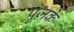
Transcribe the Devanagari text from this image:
पुंजके